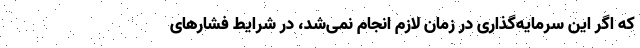
که اگر این سرمایه‌گذاری در زمان لازم انجام نمی‌شد، در شرایط فشارهای